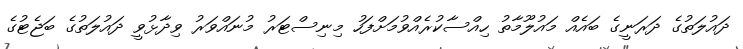
ދައުލަތުގެ ދަރަނީގެ ބައެއް މައުލޫމާތު ހިއްސާކުރެއްވުމަށްފަހު މިނިސްޓަރު މުނައްވަރު ވިދާޅުވީ ދައުލަތުގެ ބަޖެޓުގެ